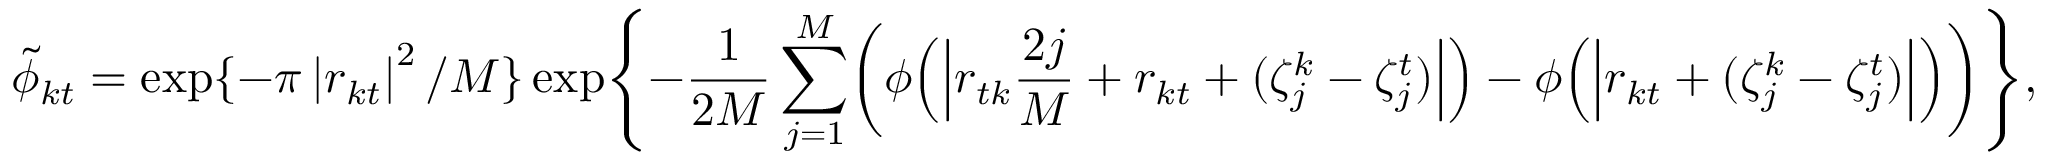
\tilde { \phi } _ { k t } = \exp \{ - { \pi } \left| r _ { k t } \right| ^ { 2 } / M \} \exp \Biggl \{ - \frac { 1 } { 2 M } \sum _ { j = 1 } ^ { M } \biggl ( \phi \Bigl ( \Bigl | r _ { t k } \frac { 2 j } { M } + r _ { k t } + ( \zeta _ { j } ^ { k } - \zeta _ { j } ^ { t } ) \Bigr | \Bigr ) - \phi \Bigl ( \Bigl | r _ { k t } + ( \zeta _ { j } ^ { k } - \zeta _ { j } ^ { t } ) \Bigr | \Bigr ) \biggr ) \Biggr \} ,